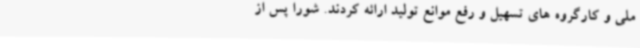
ملی و کارگروه های تسهیل و رفع موانع تولید ارائه کردند. شورا پس از